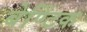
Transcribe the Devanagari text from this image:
बेण्टिंक